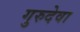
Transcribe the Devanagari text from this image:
गुरुदेवा